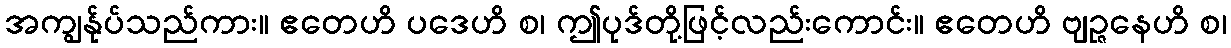
အကျွန်ုပ်သည်ကား။ ဧတေဟိ ပဒေဟိ စ၊ ဤပုဒ်တို့ဖြင့်လည်းကောင်း။ ဧတေဟိ ဗျဉ္ဇနေဟိ စ၊